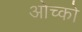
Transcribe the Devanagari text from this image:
ओच्को